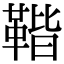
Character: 𩋧